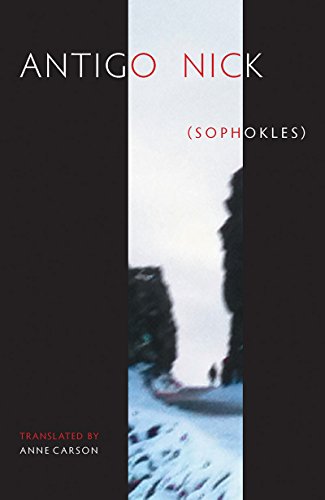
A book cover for Antigonick (New Directions Paperbook); Anne Carson; Literature & Fiction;